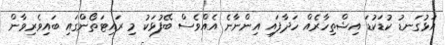
އަޅުގަނޑު ކުޑަކުޑަ އިޝްތިހާރެއް ހަދާފައި އިންނާނެ އެއްވެސް ބޭފުޅަކު މި ރައިޓަތޯންގައި ބައިވެރިވާން